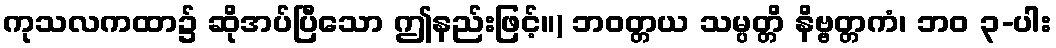
ကုသလကထာ၌ ဆိုအပ်ပြီသော ဤနည်းဖြင့်။) ဘဝတ္တယ သမ္ပတ္တိ နိဗ္ဗတ္တကံ၊ ဘဝ ၃-ပါး